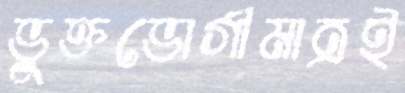
ভুক্তভোগীমাত্রই